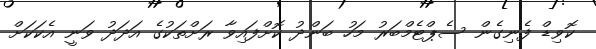
ކޮވިޑް ފެނިގެން ސެޕްޓެމްބަރު މަހު ބަންދު ކޮށްފައިވާ ރަށްތަކުގެ އަދަދު ވަނީ އެކަކަށް